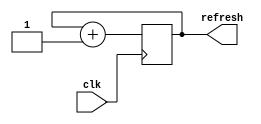
module re_seg(
    input clk,
    output reg [24:0] refresh
    );
    initial refresh = 0;
  
    always @ (posedge clk) begin
    	refresh <= refresh+1;
    end
endmodule